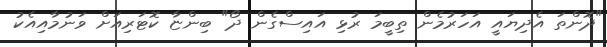
"ދޮންތަ އެދިޔައީ އަހަރުމެން ތިބީމަ ރުޅި އައިސްގެން ދޯ" ބިންޏާ ކޮޓަރިއަށް ވަނުމާއިއެކު